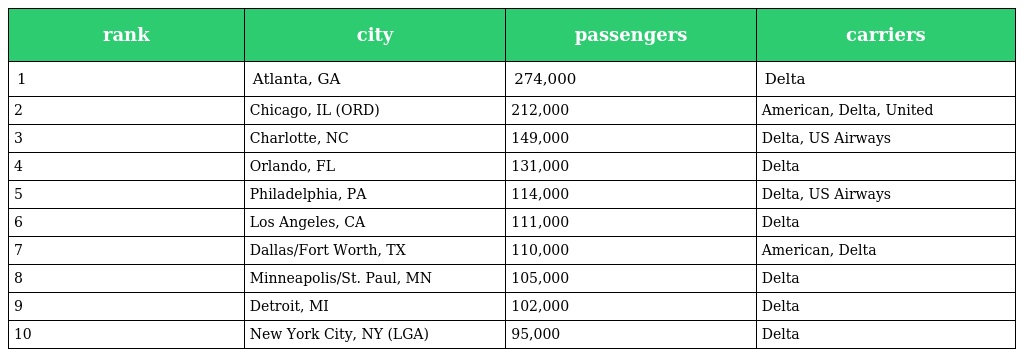
| rank | city | passengers | carriers |
 | --- | --- | --- | --- |
 | 1 | Atlanta, GA | 274,000 | Delta |
 | 2 | Chicago, IL (ORD) | 212,000 | American, Delta, United |
 | 3 | Charlotte, NC | 149,000 | Delta, US Airways |
 | 4 | Orlando, FL | 131,000 | Delta |
 | 5 | Philadelphia, PA | 114,000 | Delta, US Airways |
 | 6 | Los Angeles, CA | 111,000 | Delta |
 | 7 | Dallas/Fort Worth, TX | 110,000 | American, Delta |
 | 8 | Minneapolis/St. Paul, MN | 105,000 | Delta |
 | 9 | Detroit, MI | 102,000 | Delta |
 | 10 | New York City, NY (LGA) | 95,000 | Delta |